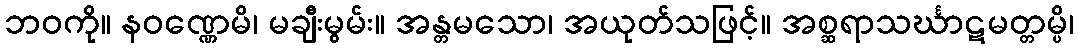
ဘဝကို။ နဝဏ္ဏေမိ၊ မချီးမွမ်း။ အန္တမသော၊ အယုတ်သဖြင့်။ အစ္ဆရာသင်္ဃာဋမတ္တမ္ပိ၊